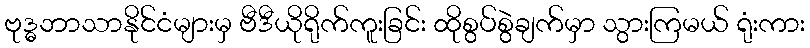
ဗုဒ္ဓဘာသာနိုင်ငံများမှ ဗီဒီယိုရိုက်ကူးခြင်း ထိုစွပ်စွဲချက်မှာ သွားကြမယ် ရုံးကား